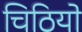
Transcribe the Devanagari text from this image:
चिठियो